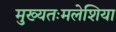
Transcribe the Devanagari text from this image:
मुख्यतःमलेशिया